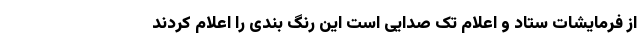
از فرمایشات ستاد و اعلام تک صدایی است این رنگ بندی را اعلام کردند